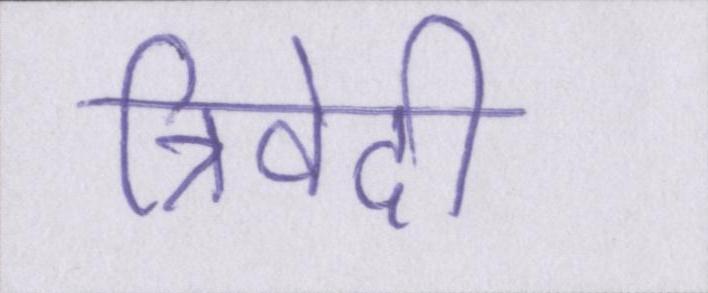
त्रिवेदी